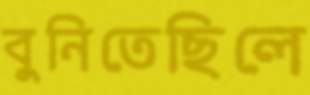
বুনিতেছিলে